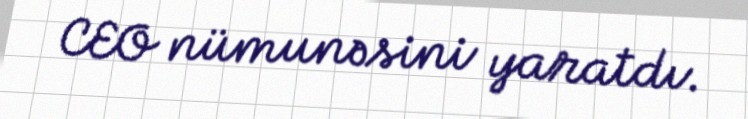
CEO nümunəsini yaratdı.